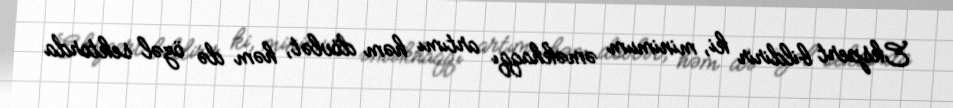
Ekspert bildirir ki, minimum əməkhaqqı artımı həm dövlət, həm də özəl sektorda